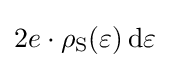
2e\cdot \rho _{\text{S}}(\varepsilon )\,\mathrm {d} \varepsilon